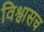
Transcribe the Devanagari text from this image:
विश्वासच